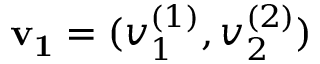
\mathbf { v _ { 1 } } = ( v _ { 1 } ^ { ( 1 ) } , v _ { 2 } ^ { ( 2 ) } )